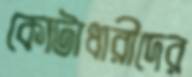
কোটাধারীদের